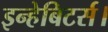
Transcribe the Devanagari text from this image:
इन्हेबिटर्स।